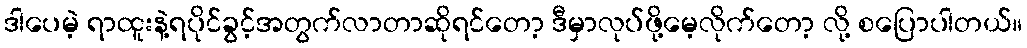
ဒါပေမဲ့ ရာထူးနဲ့ရပိုင်ခွင့်အတွက်လာတာဆိုရင်တော့ ဒီမှာလုပ်ဖို့မေ့လိုက်တော့ လို့ စပြောပါတယ်။